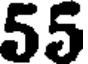
55